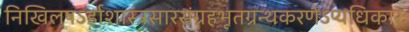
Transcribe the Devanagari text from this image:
निखिलषऽर्हाशास्त्रसारसंग्रहभूतग्रन्थकरणेऽप्यधिकारः